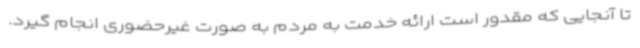
تا آنجایی که مقدور است ارائه خدمت به مردم به صورت غیرحضوری انجام گیرد.